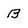
Character: B